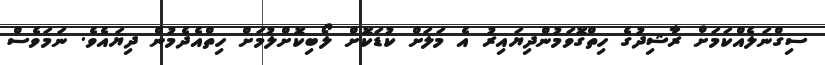
ސިގްނަލެއްކަމަށް ރާޝިދުގެ ހިތްގޮވަމުންދިޔައިރު އެ މަލަށް ކުޑަކޮށް ލޯބިކޮށްލުމަށް ހިތްއެދެމުން ދިޔައެވެ. ނަމަވެސް